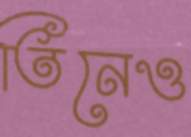
তিনেও